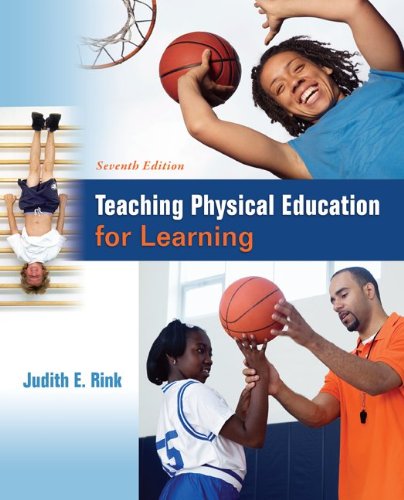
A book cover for Teaching Physical Education for Learning; Judith Rink; Health, Fitness & Dieting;